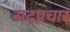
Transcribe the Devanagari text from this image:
सदप्रचार